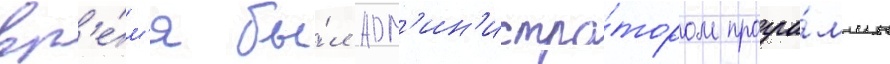
вр'е́м'я бы́л адм'ин'истра́тором програ́ммы